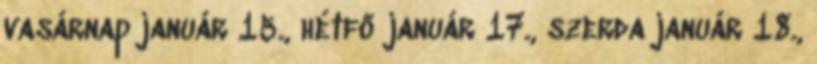
vasárnap január 15., hétfő január 17., szerda január 18.,